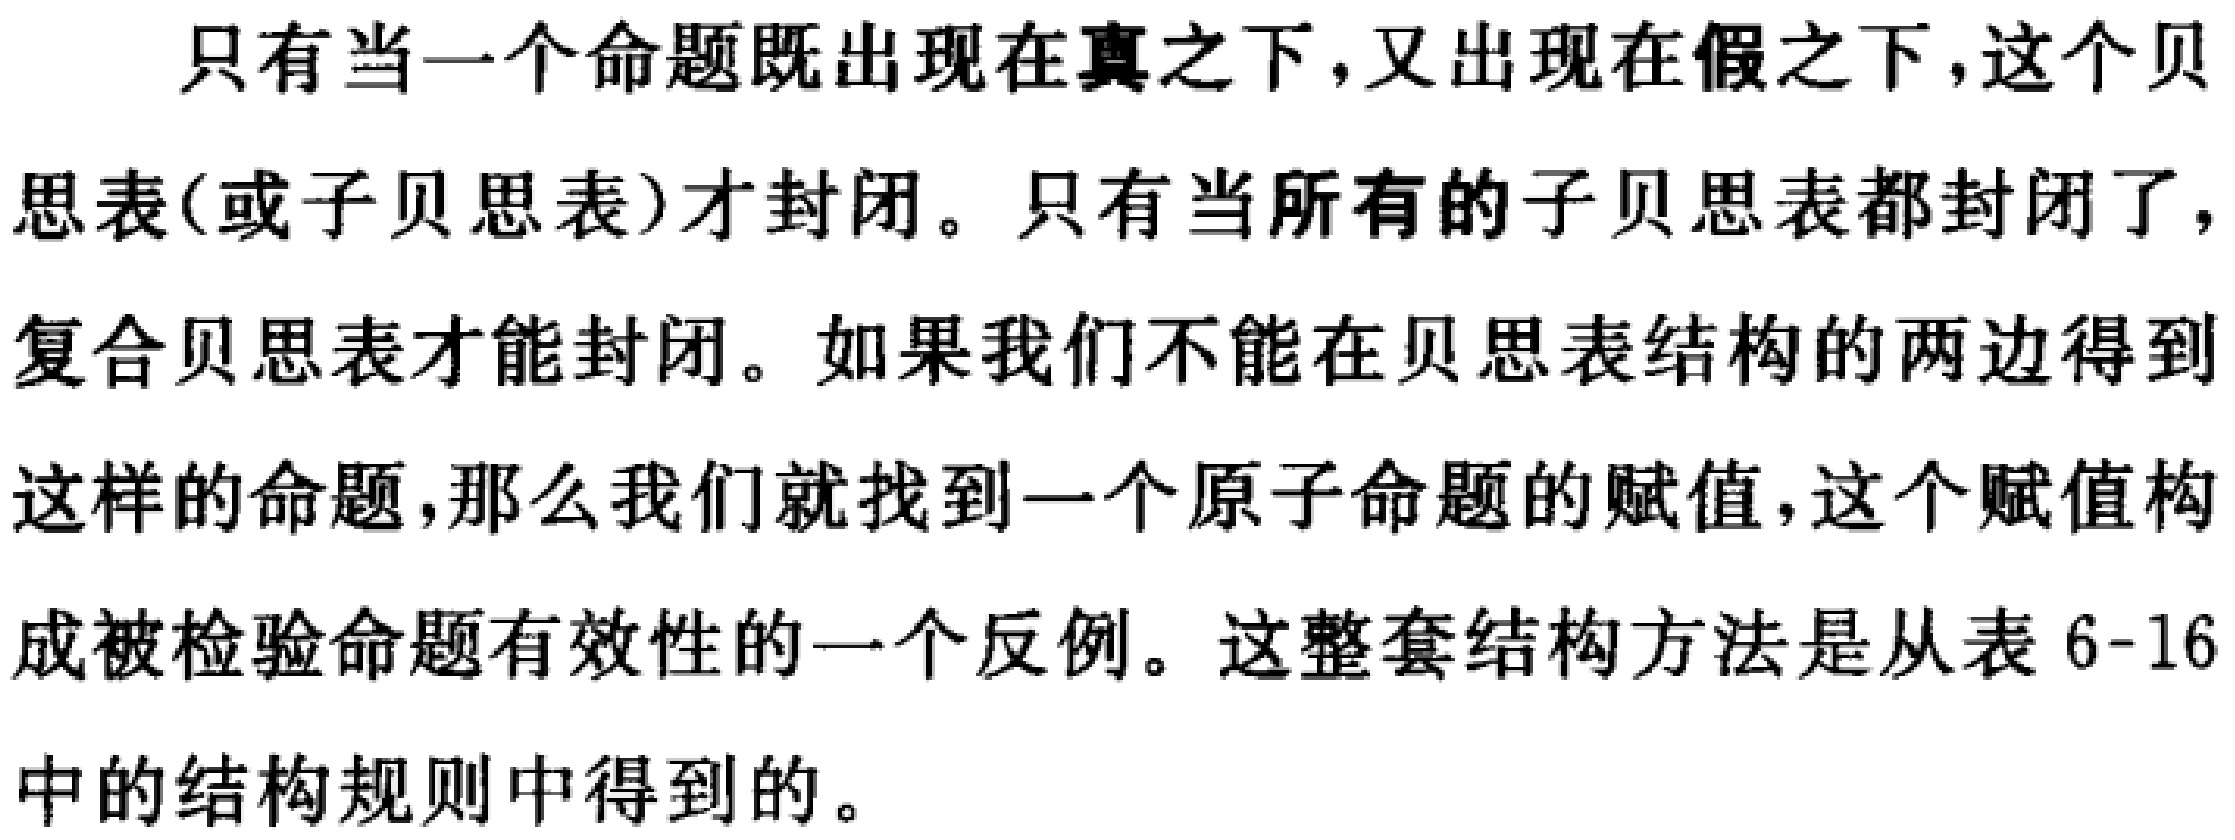
只有当一个命题既出现在真之下，又出现在假之下，这个贝
思表(或子贝思表)才封闭。只有当所有的子贝思表都封闭了，
复合贝思表才能封闭。如果我们不能在贝思表结构的两边得到
这样的命题，那么我们就找到一个原子命题的赋值，这个赋值构
成被检验命题有效性的一个反例。这整套结构方法是从表 6-16
中的结构规则中得到的。